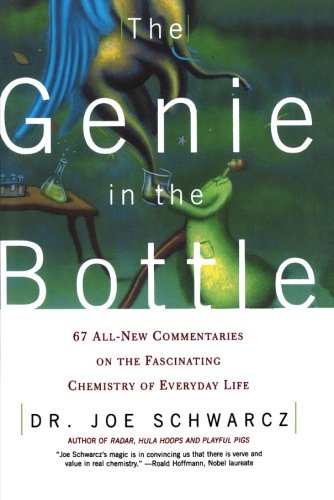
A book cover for The Genie in the Bottle: 67 All-New Commentaries on the Fascinating Chemistry of Everyday Life; Dr. Joe Schwarcz; Humor & Entertainment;